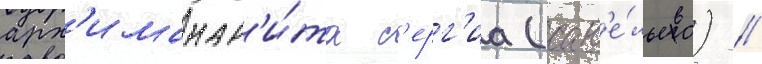
арх'имандр'и́та с'ерг'иа (сав'е́льева) //